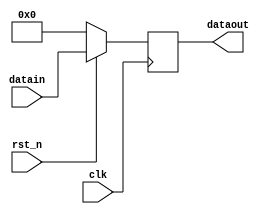
module dff4 (clk,rst_n,datain,dataout);
	input clk,rst_n;
	input [3:0] datain;
	output [3:0] dataout;
	
	reg [3:0] dataout;
	
	always @(posedge clk)
		if (!rst_n)	dataout<=4'b0;
		else	dataout<=datain;
endmodule